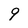
Character: 9